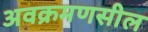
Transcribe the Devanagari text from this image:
अवक्रमणसील